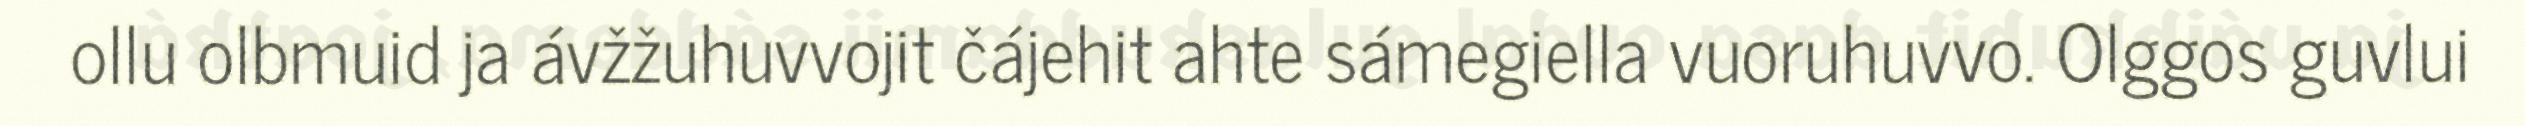
ollu olbmuid ja ávžžuhuvvojit čájehit ahte sámegiella vuoruhuvvo. Olggos guvlui